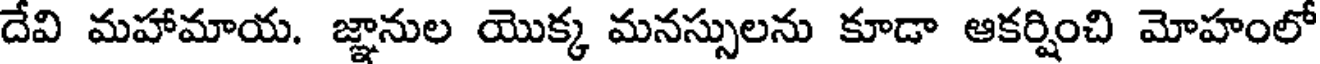
దేవి మహామాయ. జ్ఞానుల యొక్క మనస్సులను కూడా ఆకర్షించి మోహంలో